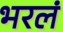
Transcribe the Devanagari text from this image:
भरलं